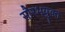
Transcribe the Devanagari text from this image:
सौरभयुक्त